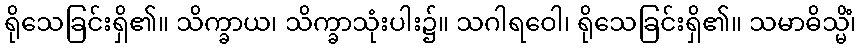
ရိုသေခြင်းရှိ၏။ သိက္ခာယ၊ သိက္ခာသုံးပါး၌။ သဂါရဝေါ၊ ရိုသေခြင်းရှိ၏။ သမာဓိသ္မိံ၊